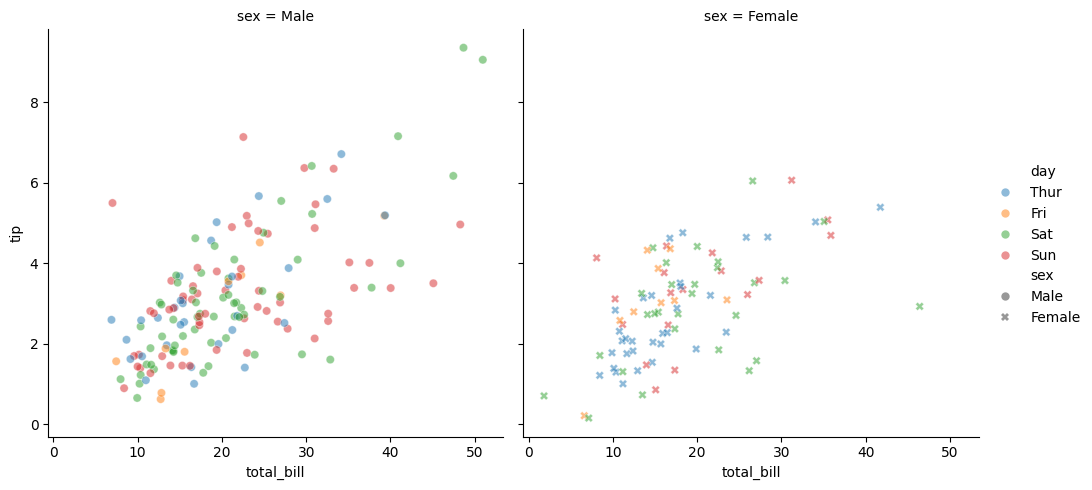
python, seaborn, relplot, alpha=0.5